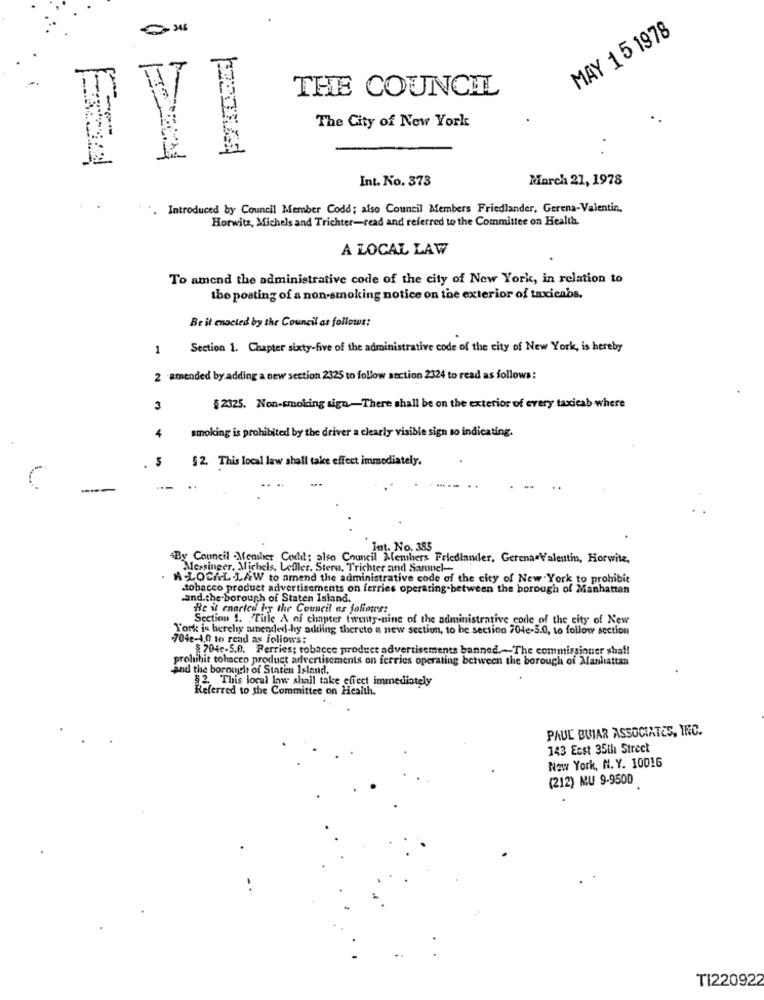
MAY 1 5 1978
THE COUNCIL
The City of New York
Int. No. 373
March 21, 1978
Introduced by Council Member Codd; also Council Members Friedlander, Gerena-Valentin,
Horwitz, Michels and Trichter-read and referred to the Committee on Health.
A LOCAL LAW
To amend the administrative code of the city of New York, in relation to
the posting of a non-smoking notice on the exterior of taxicabs.
Be it enacted by the Council as follows:
1
Section 1. Chapter sixty-five of the administrative code of the city of New York, is hereby
2 amended by adding a new section 2325 to follow section 2324 to read as follows:
3
§ 2325. Non-smoking sign-There shall be on the exterior of every taxicab where
smoking is prohibited by the driver a clearly visible sign so indicating.
4
5
§2. This local law shall take effect immediately.
Int. No. 385
4By Council Member Code: also Council Members Feledlander, Gerena Valentin, Horwitz,
Mersinger, Michels, Leffler. Stern, Trichter and Samncl-
A-LOCAL.LAW to amend the administrative code of the city of New York to prohibit
tobacco product advertisements on ferries operating between the borough of Manhattan
.and.the borough of Staten Island.
He i enneled by the Council ns jolimes:
Section 1. "Title A of chapter twenty-nine of the administrative code of the city of New
York is herchy sinended-hy adding thereto a new section, to be section 704e-5.0, to follow section
704e-4,0 to rend as follows:
$7046-5.0. Perries; robacce product advertisements banned .- The commissioner shaf!
prohtihit tohaceo product advertisements on ferries operating between the borough of Manhattan
and the borough of Staten Island.
12 This local low shall take effect immediately
Referred to the Committee on Health.
PAUL BUIAR ASSOCIATES, IRC.
143 Ecst 35th Street
New York, N. Y. 10016
(212) MU 9-9500
TI220922